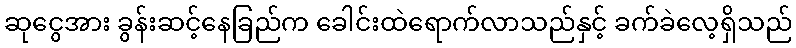
ဆုငွေအား ခွန်းဆင့်နေခြည်က ခေါင်းထဲရောက်လာသည်နှင့် ခက်ခဲလေ့ရှိသည်